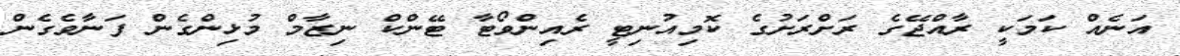
އަނެއް ކަމަކީ ރާއްޖޭގެ ރަށްރަށުގެ ކޮމިއުނިޓީ ރެއިންވޯޓާ ޓޭންކް ނިޒާމް މުޅިންގެން ފަނާވެގެން